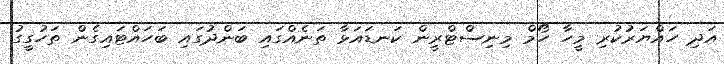
އަދި ހައްޔަރުކުރި މީހާ ހޯމް މިނިސްޓްރީން ކަނޑައަޅާ ތަނެއްގައި ބަންދުގައި ބަހައްޓައިގެން ތަހުގީގު